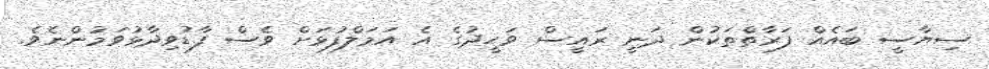
ސިޔާސީ ބައެއް ފަރާތްތަކުން ދަނީ ރައީސް ވަހީދުގެ އެ އަމަލްފުޅަށް ވެސް ފާޑުވިދާޅުވަމުންނެވެ.